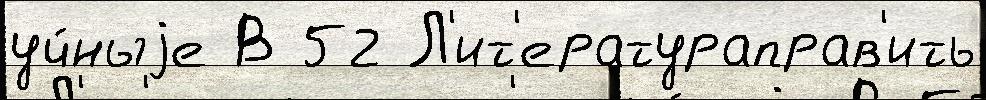
уч́ныjе В 52 Л'ит'ератураправ'ить